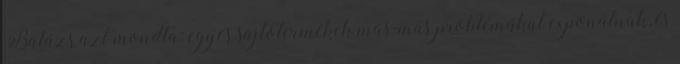
Balázs azt mondta: egyes sajtótermékek más-más problémákat exponálnak, és